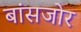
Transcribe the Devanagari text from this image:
बांसजोर